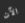
الآن